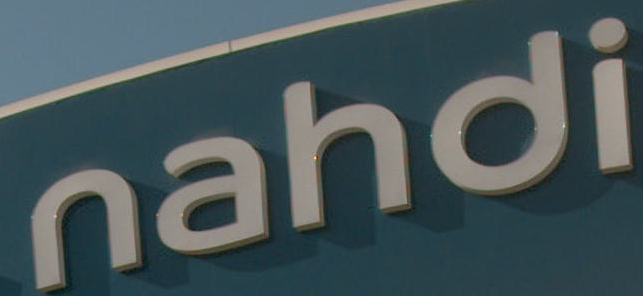
nahdi